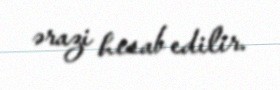
ərazi hesab edilir.